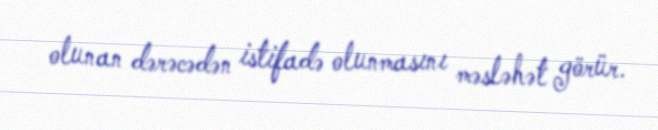
olunan dərəcədən istifadə olunmasını məsləhət görür.